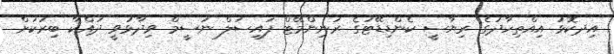
އިދކޮޅު އިއްތިހާދުގެ ރިޔާސީ ކެންޑިޑޭޓުގެ ރަނިންމޭޓް ފައިސަލް ނަސީމް ވިދާޅުވީ ދައްކާ ބިރަކަށް